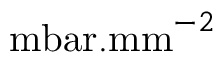
\mathrm { m b a r . m m } ^ { - 2 }